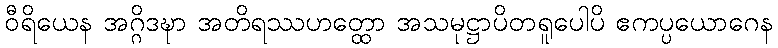
ဝီရိယေန အဂ္ဂိဒဍ္ဎာ အတိရဿဟတ္ထော အသမုဋ္ဌာပိတရူပေါပိ ဧကပ္ပယောဂေန